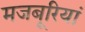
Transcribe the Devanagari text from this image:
मजबूरियां